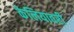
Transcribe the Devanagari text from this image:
केलियावरी